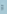
و